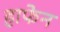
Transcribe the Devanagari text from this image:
हाफेन